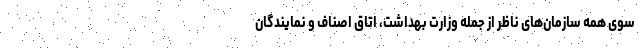
سوی همه سازمان‌های ناظر از جمله وزارت بهداشت، اتاق اصناف و نمایندگان